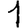
Digit: 1